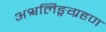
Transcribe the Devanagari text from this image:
अश्वलिङ्गग्रहण